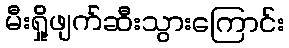
မီးရှို့ဖျက်ဆီးသွားကြောင်း